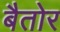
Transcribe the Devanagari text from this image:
बैतोर